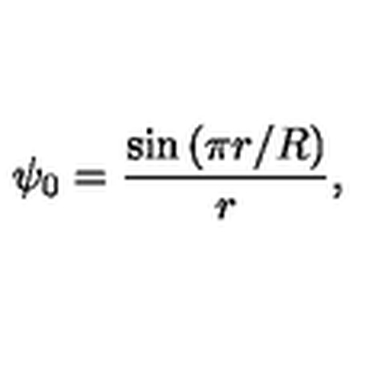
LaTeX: \psi _ { 0 } = \frac { \sin \left( \pi r / R \right) } { r } ,